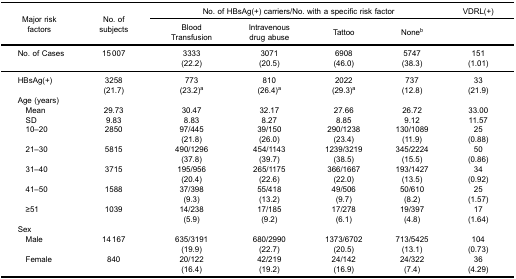
<table><thead><tr><td rowspan="3"><b>Major riskfactors</b></td><td rowspan="3"><b>No. ofsubjects</b></td><td colspan="4"><b>No. of HBsAg(+) carriers/No. with a specific risk factor</b></td><td><b>VDRL(+)</b></td></tr><tr><td><b>BloodTransfusion</b></td><td><b>Intravenousdrug abuse</b></td><td><b>Tattoo</b></td><td><b>None<sup>b</sup></b></td><td><b> </b></td></tr></thead><tbody><tr><td>No. of Cases</td><td>15 007</td><td>3333</td><td>3071</td><td>6908</td><td>5747</td><td>151</td></tr><tr><td> </td><td> </td><td>(22.2)</td><td>(20.5)</td><td>(46.0)</td><td>(38.3)</td><td>(1.01)</td></tr><tr><td>HBsAg(+)</td><td>3258</td><td>773</td><td>810</td><td>2022</td><td>737</td><td>33</td></tr><tr><td> </td><td>(21.7)</td><td>(23.2)<sup>a</sup></td><td>(26.4)<sup>a</sup></td><td>(29.3)<sup>a</sup></td><td>(12.8)</td><td>(21.9)</td></tr><tr><td>Age (years)</td><td> </td><td> </td><td> </td><td> </td><td> </td><td> </td></tr><tr><td> Mean</td><td>29.73</td><td>30.47</td><td>32.17</td><td>27.66</td><td>26.72</td><td>33.00</td></tr><tr><td> SD</td><td>9.83</td><td>8.83</td><td>8.27</td><td>8.85</td><td>9.12</td><td>11.57</td></tr><tr><td> 10–20</td><td>2850</td><td>97/445</td><td>39/150</td><td>290/1238</td><td>130/1089</td><td>25</td></tr><tr><td> </td><td> </td><td>(21.8)</td><td>(26.0)</td><td>(23.4)</td><td>(11.9)</td><td>(0.88)</td></tr><tr><td> 21–30</td><td>5815</td><td>490/1296</td><td>454/1143</td><td>1239/3219</td><td>345/2224</td><td>50</td></tr><tr><td> </td><td> </td><td>(37.8)</td><td>(39.7)</td><td>(38.5)</td><td>(15.5)</td><td>(0.86)</td></tr><tr><td> 31–40</td><td>3715</td><td>195/956</td><td>265/1175</td><td>366/1667</td><td>193/1427</td><td>34</td></tr><tr><td> </td><td> </td><td>(20.4)</td><td>(22.6)</td><td>(22.0)</td><td>(13.5)</td><td>(0.92)</td></tr><tr><td> 41–50</td><td>1588</td><td>37/398</td><td>55/418</td><td>49/506</td><td>50/610</td><td>25</td></tr><tr><td> </td><td> </td><td>(9.3)</td><td>(13.2)</td><td>(9.7)</td><td>(8.2)</td><td>(1.57)</td></tr><tr><td> ≥51</td><td>1039</td><td>14/238</td><td>17/185</td><td>17/278</td><td>19/397</td><td>17</td></tr><tr><td> </td><td> </td><td>(5.9)</td><td>(9.2)</td><td>(6.1)</td><td>(4.8)</td><td>(1.64)</td></tr><tr><td>Sex</td><td> </td><td> </td><td> </td><td> </td><td> </td><td> </td></tr><tr><td> Male</td><td>14 167</td><td>635/3191</td><td>680/2990</td><td>1373/6702</td><td>713/5425</td><td>104</td></tr><tr><td> </td><td> </td><td>(19.9)</td><td>(22.7)</td><td>(20.5)</td><td>(13.1)</td><td>(0.73)</td></tr><tr><td> Female</td><td>840</td><td>20/122</td><td>42/219</td><td>24/142</td><td>24/322</td><td>36</td></tr><tr><td> </td><td> </td><td>(16.4)</td><td>(19.2)</td><td>(16.9)</td><td>(7.4)</td><td>(4.29)</td></tr></tbody></table>